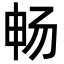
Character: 畅